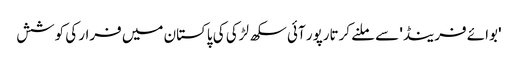
'بوائے فرینڈ' سے ملنے کرتارپور آئی سکھ لڑکی کی پاکستان میں فرار کی کوشش